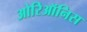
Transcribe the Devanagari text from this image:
ओरिऑनिस